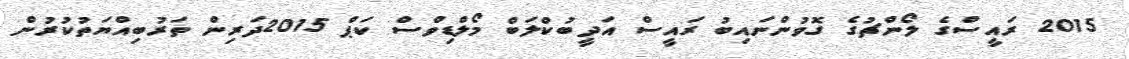
2015 ރައީސްގެ ލޯންޗުގެ ގޮވުންނައިބު ރައީސް އަދީބުކްލަބް މޯލްޑިވްސް ކަޕް 2015ދަރިން ތަރުބިއްޔަތުކުރުން